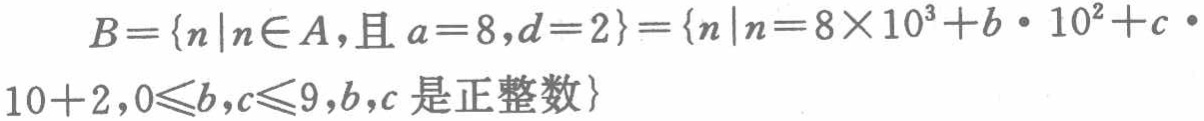
\[
B = \{n|n\in A,\text{且 }a = 8,d = 2\} = \{n|n = 8\times 10^{3}+b\cdot 10^{2}+c\cdot 10 + 2,0\leqslant b,c\leqslant 9,b,c\text{ 是正整数}\}
\]